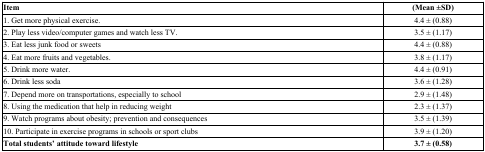
| Item | (Mean ±SD) |
 | --- | --- |
 | 1. Get more physical exercise. | 4.4 ± (0.88) |
 | 2. Play less video/computer games and watch less TV. | 3.5 ± (1.17) |
 | 3. Eat less junk food or sweets | 4.4 ± (0.88) |
 | 4. Eat more fruits and vegetables. | 3.8 ± (1.17) |
 | 5. Drink more water. | 4.4 ± (0.91) |
 | 6. Drink less soda | 3.6 ± (1.28) |
 | 7. Depend more on transportations, especially to school | 2.9 ± (1.48) |
 | 8. Using the medication that help in reducing weight | 2.3 ± (1.37) |
 | 9. Watch programs about obesity; prevention and consequences | 3.5 ± (1.39) |
 | 10. Participate in exercise programs in schools or sport clubs | 3.9 ± (1.20) |
 | Total students’ attitude toward lifestyle | 3.7 ± (0.58) |